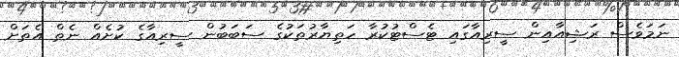
ނަމަވެސް ރަޝިއާއިން ސީރިއާގައި ޓެސްޓުކުރާ ހަތިޔާރުތަކުގެ ސަބަބުން ސީރިއާގެ ކުށެއް ނެތް އެތަށް